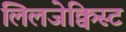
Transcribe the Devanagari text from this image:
लिलजेक्विस्ट